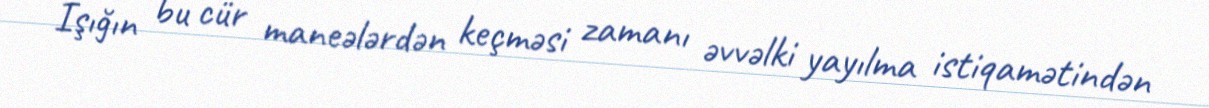
İşığın bu cür maneələrdən keçməsi zamanı əvvəlki yayılma istiqamətindən